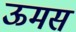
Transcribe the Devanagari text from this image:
ऊमस